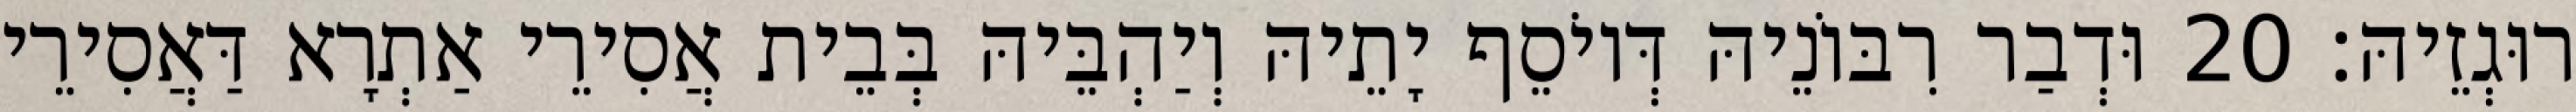
רוּגְזֵיהּ׃ 20 וּדְבַר רִבּוֹנֵיהּ דְּיוֹסֵף יָתֵיהּ וְיַהְבֵּיהּ בְּבֵית אֲסִירֵי אַתְרָא דַּאֲסִירֵי